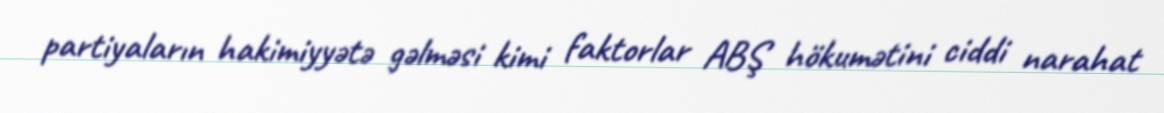
partiyaların hakimiyyətə gəlməsi kimi faktorlar ABŞ hökumətini ciddi narahat